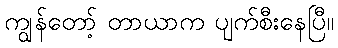
ကျွန်တော့် တာယာက ပျက်စီးနေပြီ။